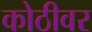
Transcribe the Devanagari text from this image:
कोठीवर